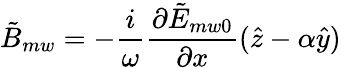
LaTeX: {\tilde{B}_{mw}}=-\frac{i}{\omega}\frac{\partial\tilde{E}_{mw0}}{\partial x}(\hat{z}-\alpha\hat{y})